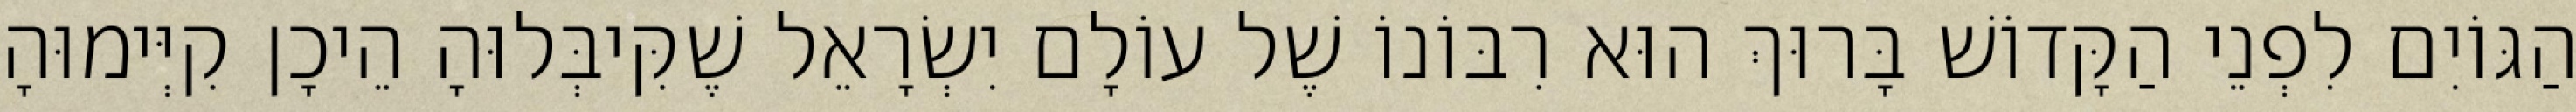
הַגּוֹיִם לִפְנֵי הַקָּדוֹשׁ בָּרוּךְ הוּא רִבּוֹנוֹ שֶׁל עוֹלָם יִשְׂרָאֵל שֶׁקִּיבְּלוּהָ הֵיכָן קִיְּימוּהָ